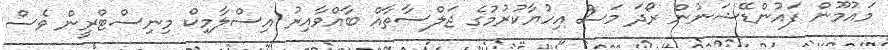
މައުމޫން ފައުންޑޭޝަނުން ރޯދަ މަސް އިހުޔާކުރުމުގެ ޖަލްސާތާއް ބާއްވާއިރު އިސްލާމިކް މިނިސްޓްރީން ވެސް